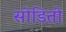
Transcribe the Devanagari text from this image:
सोडितो